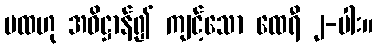
မထဟု အဓိဋ္ဌာန်၍ ကျင့်သော ထေရီ ၂-ပါး။